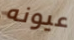
عيونه